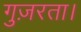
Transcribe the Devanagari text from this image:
गुज़रता।